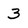
Character: 3